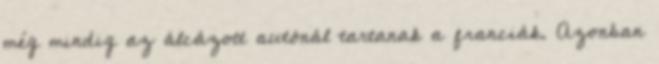
még mindig az álcázott autónál tartanak a franciák. Azonban